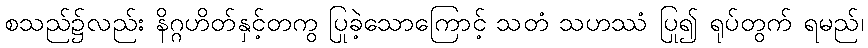
စသည်၌လည်း နိဂ္ဂဟိတ်နှင့်တကွ ပြုခဲ့သောကြောင့် သတံ သဟဿံ ပြု၍ ရုပ်တွက် ရမည်၊